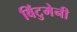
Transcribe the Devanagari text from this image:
विंटुमेनी